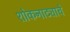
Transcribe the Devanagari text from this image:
शोकनाट्याचे